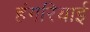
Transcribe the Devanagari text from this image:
हंगरियाई